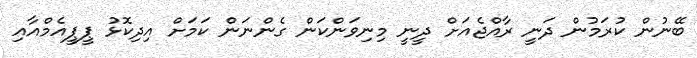
ބޭނުން ކުރަމުން ދަނީ ރާއްޖެއަށް ދީނީ މިނިވަންކަން ގެންނަން ކަމަށް އިދިކޮޅު ޕީޕީއެމްއާއި